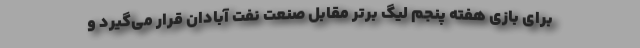
برای بازی هفته پنجم لیگ برتر مقابل صنعت نفت آبادان قرار می‌گیرد و